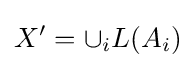
X'=\cup _{i}L(A_{i})